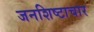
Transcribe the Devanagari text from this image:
जनशिष्टाचार